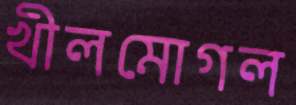
খীলমোগল